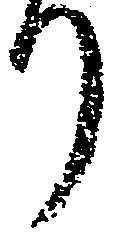
り